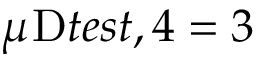
\mu _ { Ḋ } \mathrm { Ḋ } t e s t , 4 Ḍ Ḍ = 3